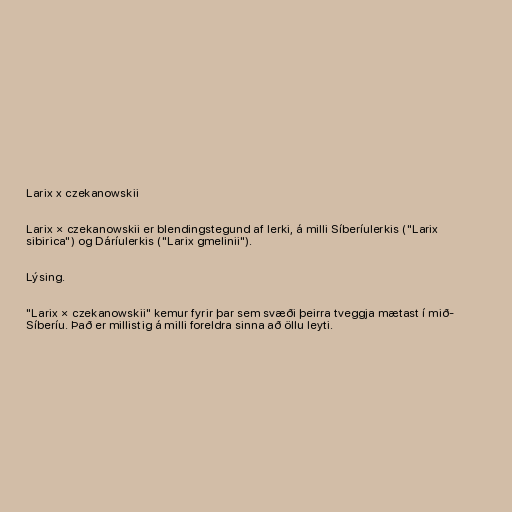
Larix x czekanowskii

Larix × czekanowskii er blendingstegund af lerki, á milli Síberíulerkis ("Larix
sibirica") og Dáríulerkis ("Larix gmelinii").

Lýsing.

"Larix × czekanowskii" kemur fyrir þar sem svæði þeirra tveggja mætast í mið-
Síberíu. Það er millistig á milli foreldra sinna að öllu leyti.